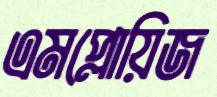
এমপ্লোয়িজ